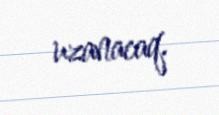
uzanacaq.